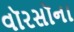
વૉરસૉના